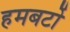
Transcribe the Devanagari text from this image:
हमबर्टो